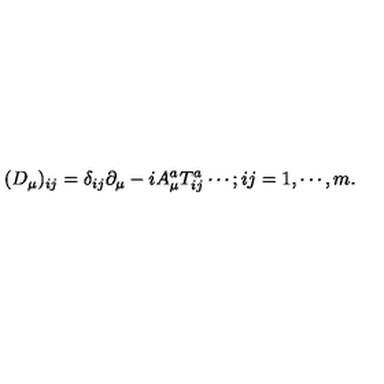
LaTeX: ( D _ { \mu } ) _ { i j } = \delta _ { i j } \partial _ { \mu } - i A _ { \mu } ^ { a } T _ { i j } ^ { a } \cdots ; i j = 1 , \cdots , m .